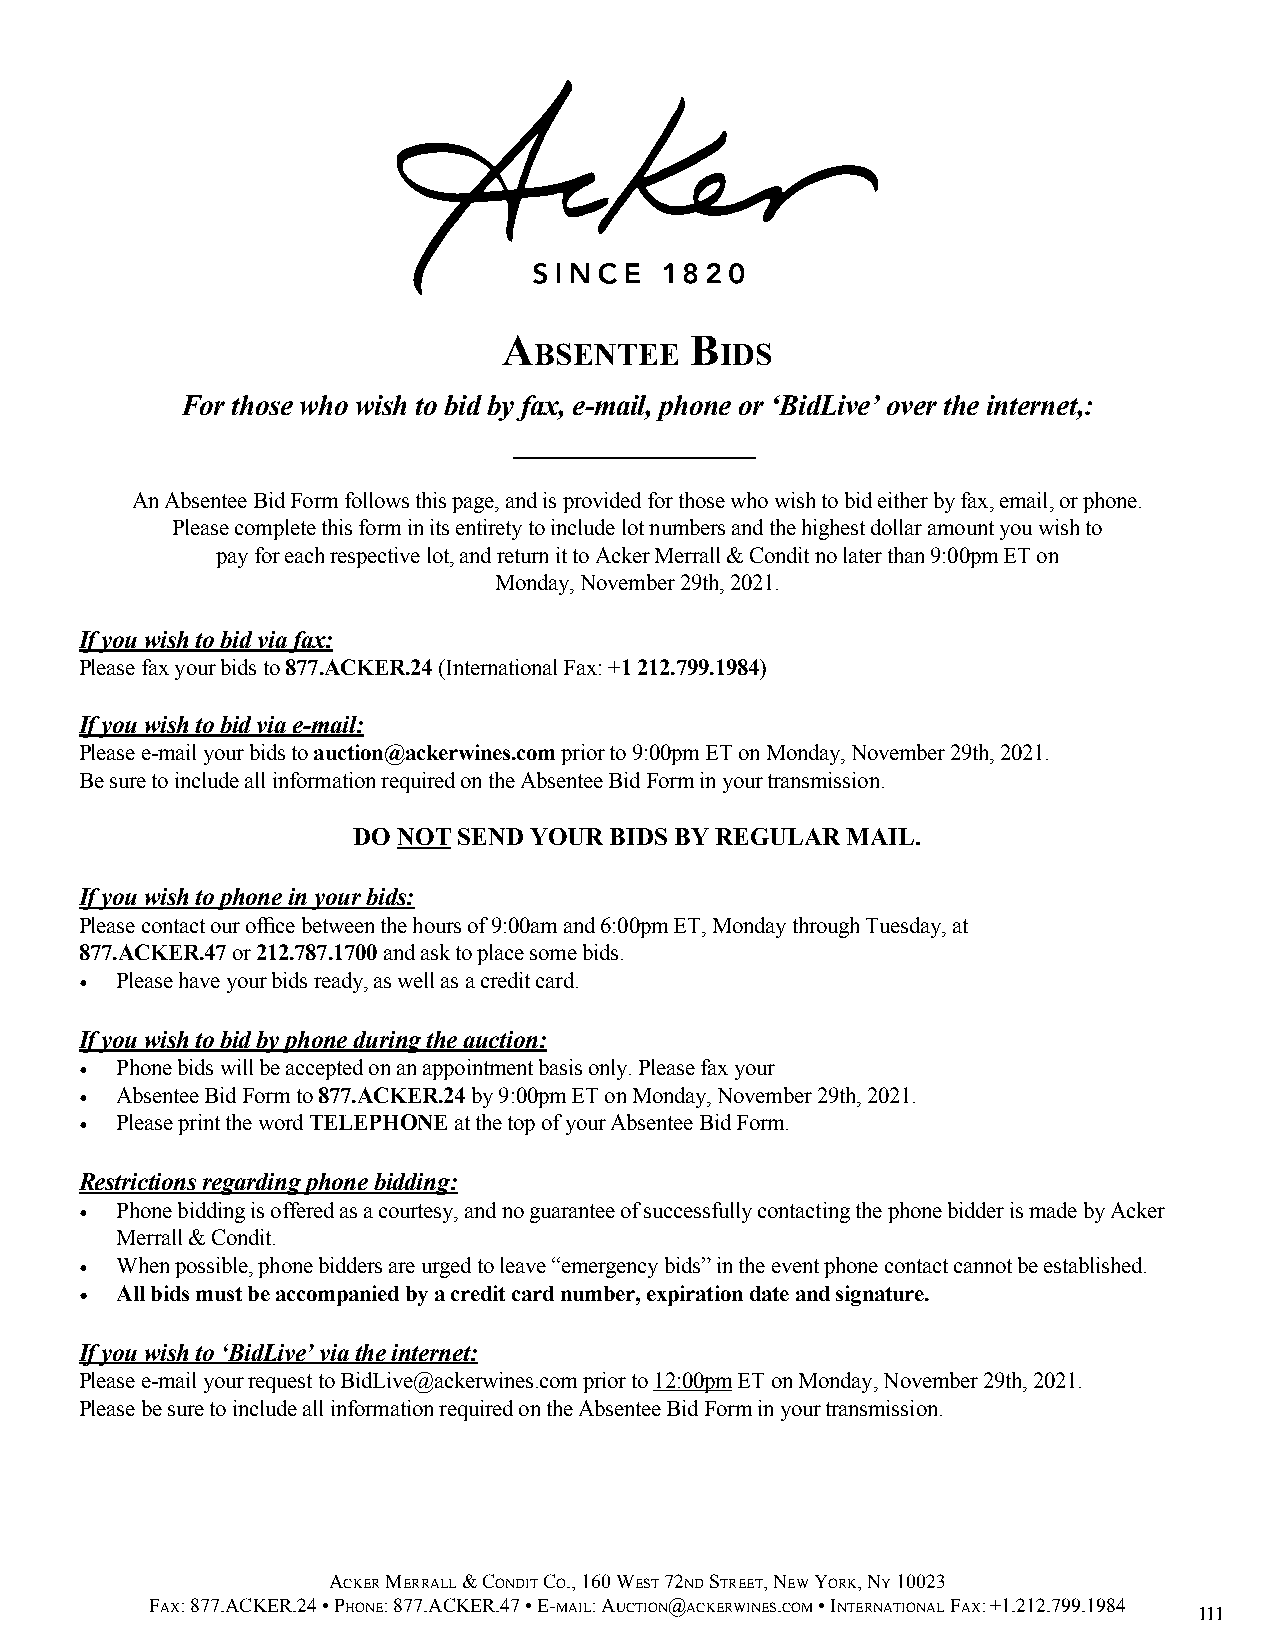
A
 BSENTEE
 B
 IDS
 For those who wish to bid by fax, e-mail, phone or ‘BidLive’ over the internet,:
 ________________
 An Absentee Bid Form follows this page, and is provided for those who wish to bid either by fax, email, or phone.
 Please complete this form in its entirety to include lot numbers and the highest dollar amount you wish to
 pay for each respective lot, and return it to Acker Merrall & Condit no later than 9:00pm ET on
 Monday, November 29th, 2021.
 If you wish to bid via fax:
 Please fax your bids to 877.ACKER.24 (International Fax: +1 212.799.1984)
 If you wish to bid via e-mail:
 Please e-mail your bids to auction@ackerwines.com prior to 9:00pm ET on Monday, November 29th, 2021.
 Be sure to include all information required on the Absentee Bid Form in your transmission.
 DO NOT SEND YOUR BIDS BY REGULAR MAIL.
 If you wish to phone in your bids:
 Please contact our office between the hours of 9:00am and 6:00pm ET, Monday through Tuesday, at
 877.ACKER.47 or 212.787.1700 and ask to place some bids.
 •  Please have your bids ready, as well as a credit card.
 If you wish to bid by phone during the auction:
 •  Phone bids will be accepted on an appointment basis only. Please fax your
 •  Absentee Bid Form to 877.ACKER.24 by 9:00pm ET on Monday, November 29th, 2021.
 •  Please print the word TELEPHONE at the top of your Absentee Bid Form.
 Restrictions regarding phone bidding:
 •  Phone bidding is offered as a courtesy, and no guarantee of successfully contacting the phone bidder is made by Acker
 Merrall & Condit.
 •  When possible, phone bidders are urged to leave “emergency bids” in the event phone contact cannot be established.
 •  All bids must be accompanied by a credit card number, expiration date and signature.
 If you wish to ‘BidLive’ via the internet:
 Please e-mail your request to BidLive@ackerwines.com prior to 12:00pm ET on Monday, November 29th, 2021.
 Please be sure to include all information required on the Absentee Bid Form in your transmission.
 AckeR meRRALL & condit co., 160 WeSt 72nd StReet, neW yoRk, ny 10023
 fAx: 877.AckeR.24 • phone: 877.AckeR.47 • e-mAiL: Auction@AckeRWineS.com • inteRnAtionAL fAx: +1.212.799.1984
 111